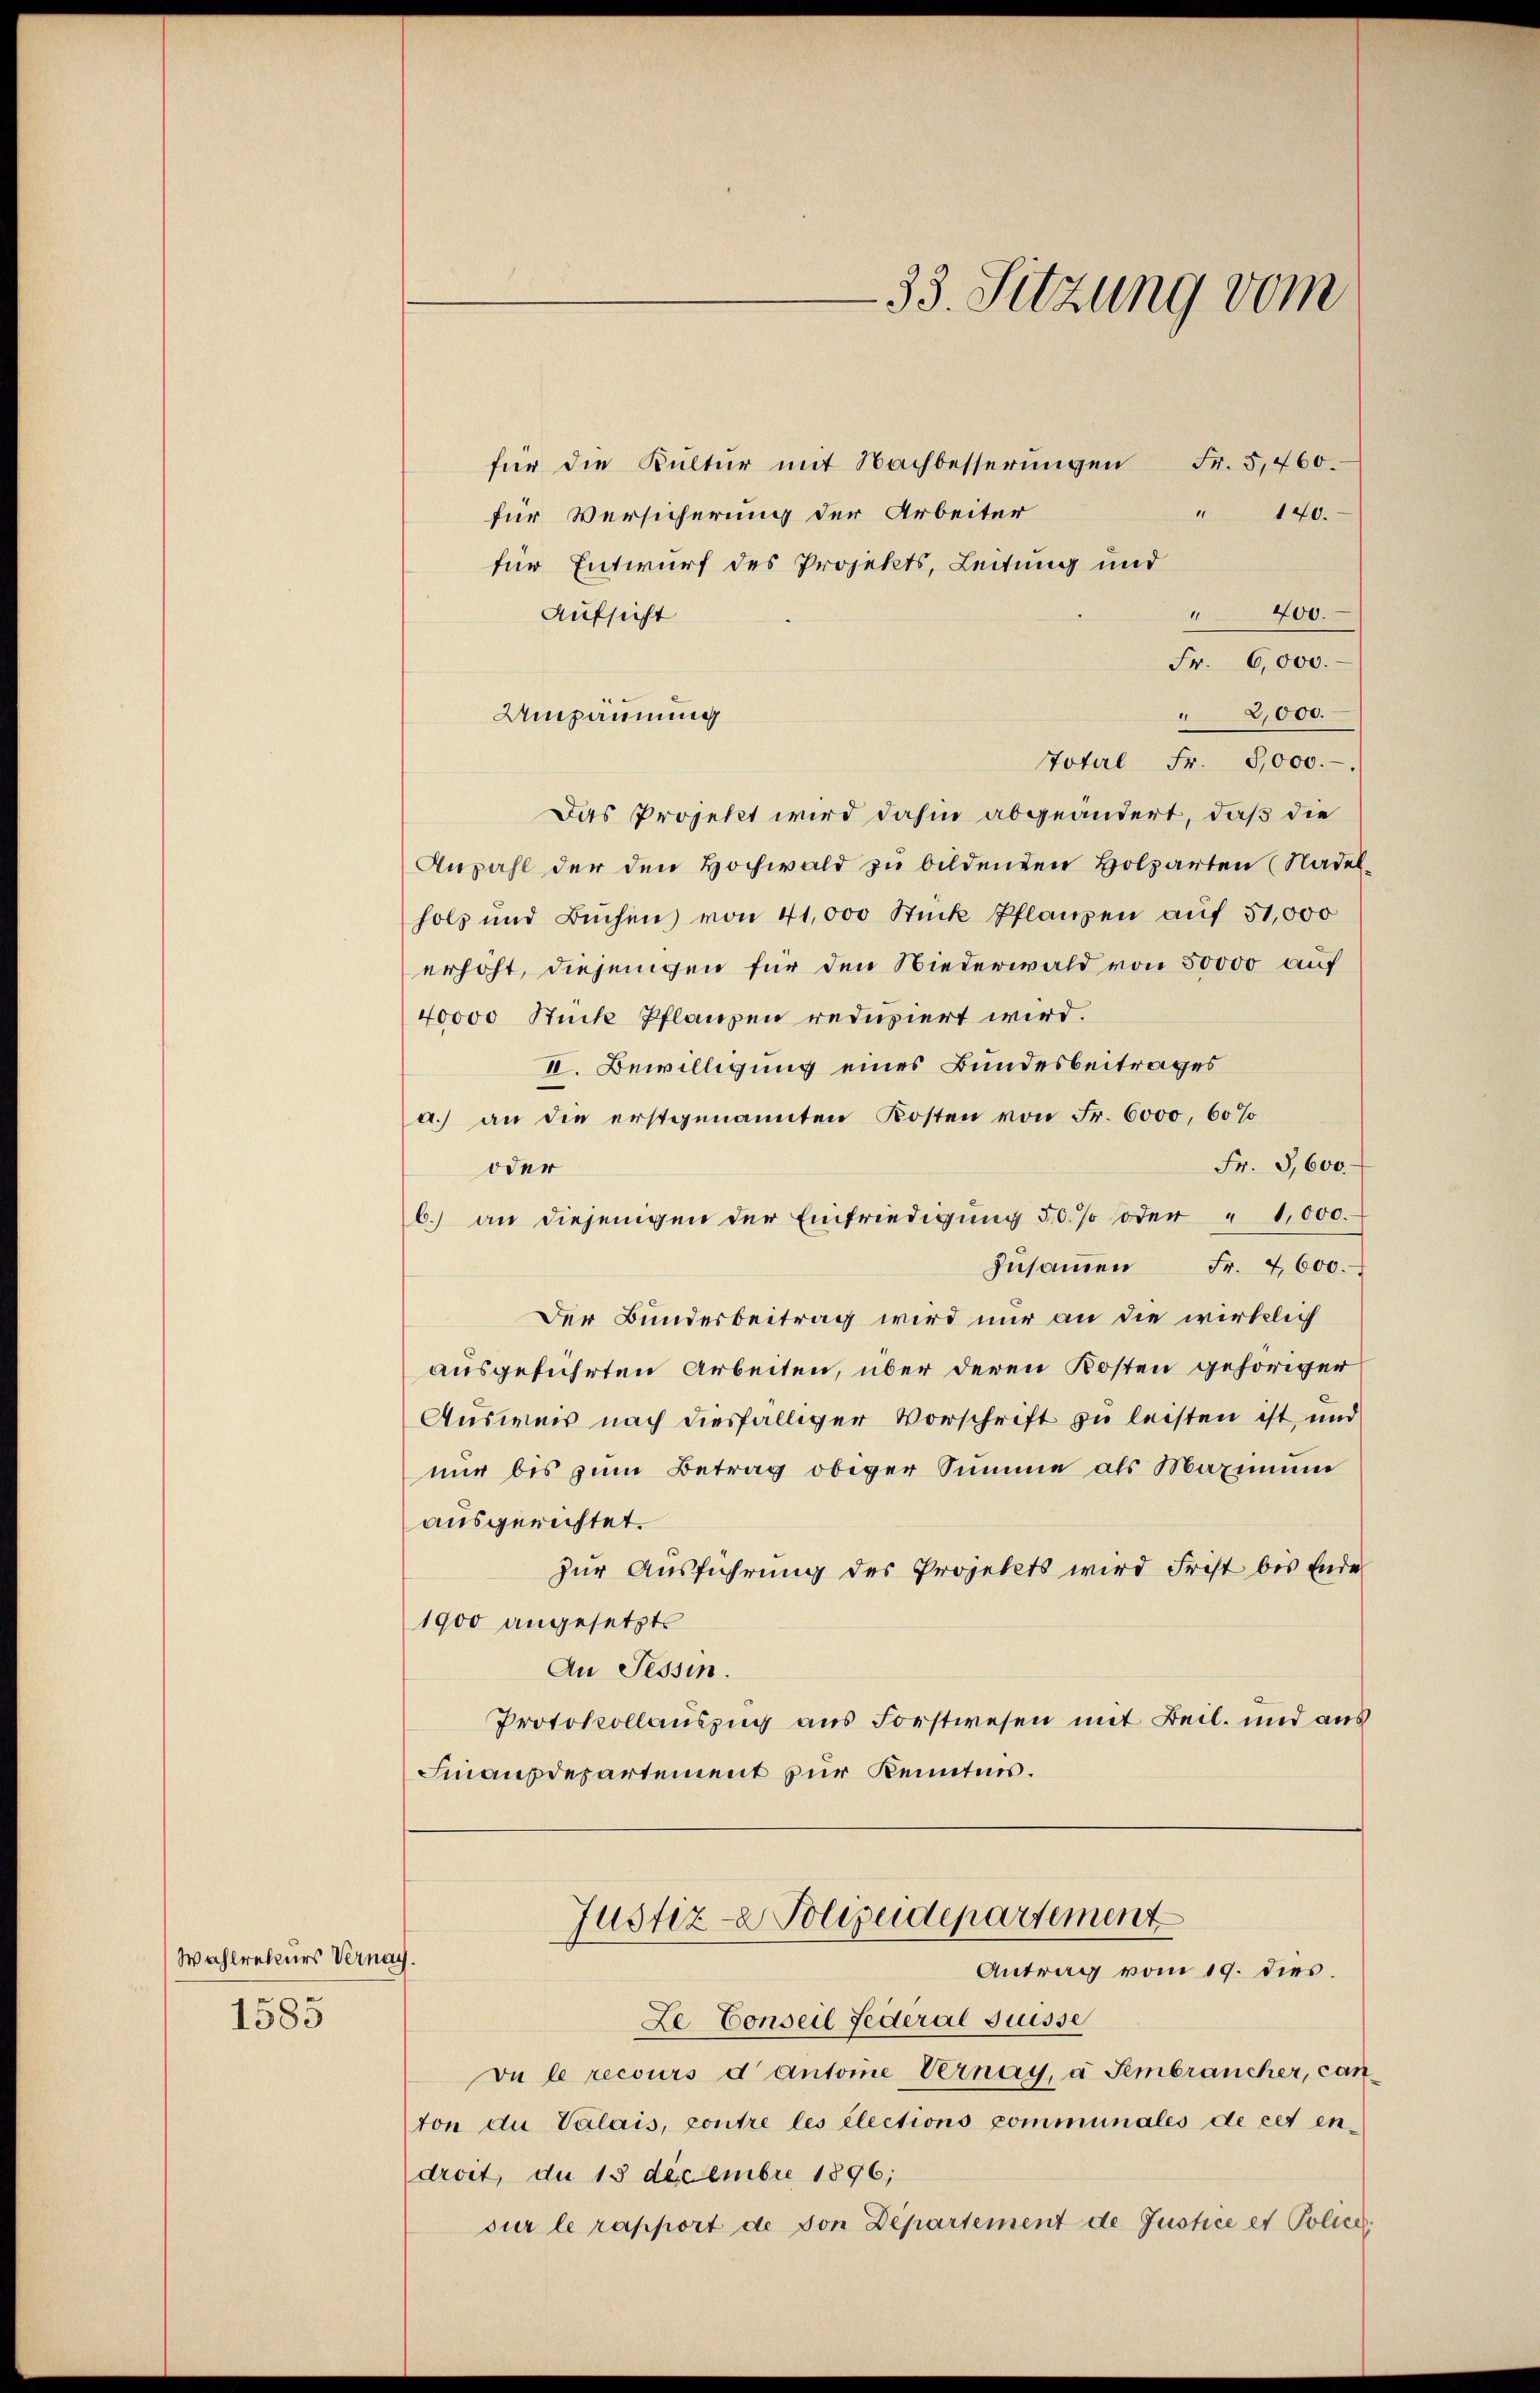
Wahlreteurs Vernach.
1585

für die Kultur mit Nachbesserungen Fr. 5,460.
" 140.
für Versicherung der Arbeiter
für Entwurf des Projekts, Leitung und
" 400.
Aufsicht
Fr. 6,000.
Umpannung
Total Fr. 5,000.-
Das Projekt wird dahin abgeändert, daß die
Anzahl der den Hochwald zu bildenden Holzarten (Nadel
holz und Büchen von 41,000 Stück Pflanzen auf 51,000
erhöht, diejenigen für den Niederwald von 50000 auf
40000 Stücke Pflanzen reduziert wird.
II. Bewilligung eines Bundesbeitrages
a.) an die erstgenannten Kosten von Fr. 6000, 60%
Fr. 3,600
oder
b.) an diejenigen der Einfriedigung 50% oder " 1,000.
Zŭsaṁen Fr. 4600.
Der Bundesbeitrag wird nur an die wirklich
ausgeführten Arbeiten, über deren Kosten gehöriger
Ausweis nach diesfälliger Vorschrift zu leisten ist, und
nur bis zum Betrag obiger Summe als Maximum
ausgerichtet.
zur Ausführung des Projekts wird Frest bis Ende
1900 angesetzte
An Tessin.
Protokollauszug aus Forstwesen mit Beil. und aus
Finanzdepartement zur Kenntnis.

33. Sitzung vom

Justiz- & Polizeidepartement
Antrag vom 19. dies.

2,000.

Ze Conseil Federal Suisse
va le recours d Antoine Vernay, a Fembrancher, canton du Valais, contre les Elections communales de cet en-
droit, du 15 Decembre 1896;
sur le rapport de von Departement de Justice et Police